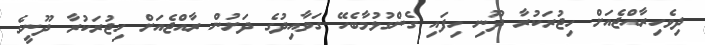
ދިވެހިރާއްޖެއަށް ހިޖުރަކުރާ ދޫނި ހިފައި ގެންގުޅުމާބެހޭ ގަވާއިދުގެ ދަށުން ރާއްޖެއަށް ހިޖުރަކުރާ ދޫނީގެ